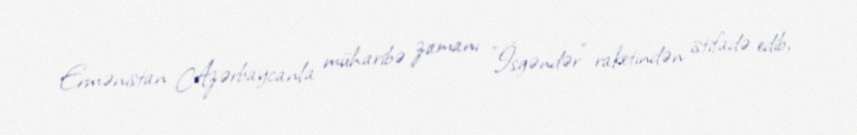
Ermənistan Azərbaycanla müharibə zamanı "İsgəndər" raketindən istifadə edib,